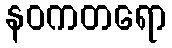
နဝကတရော